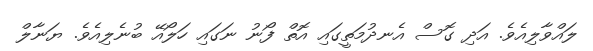
ލައްވާލިއެވެ. އަދި ގޮސް އެނދުމަތީގައި އޮތް ފޯނު ނަގައި ހަލޯއޭ ބުނެލިއެވެ. ޔަނާލް